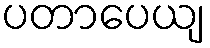
ပတာပေယျ